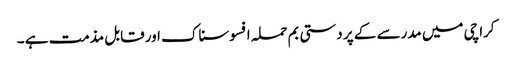
کراچی میں مدرسے کے پر دستی بم حملہ افسوسناک اور قابل مذمت ہے ۔